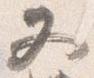
又